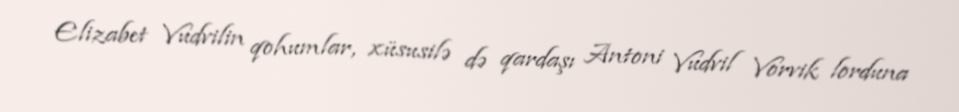
Elizabet Vudvilin qohumlar, xüsusilə də qardaşı Antoni Vudvil Vorvik lorduna